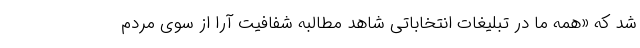
شد که «همه ما در تبلیغات انتخاباتی شاهد مطالبه شفافیت آرا از سوی مردم